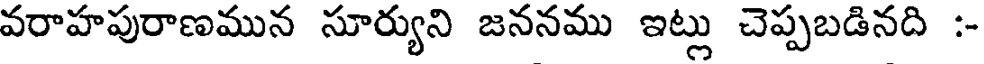
వరాహపురాణమున సూర్యుని జననము ఇట్లు చెప్పబడినది :-